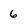
Character: 6